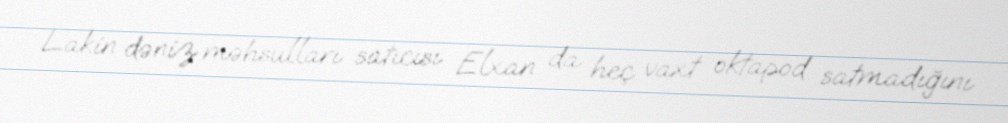
Lakin dəniz məhsulları satıcısı Elxan da heç vaxt oktapod satmadığını